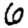
Digit: 6